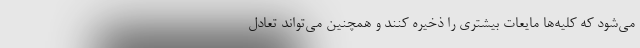
می‌شود که کلیه‌ها مایعات بیشتری را ذخیره کنند و همچنین می‌تواند تعادل